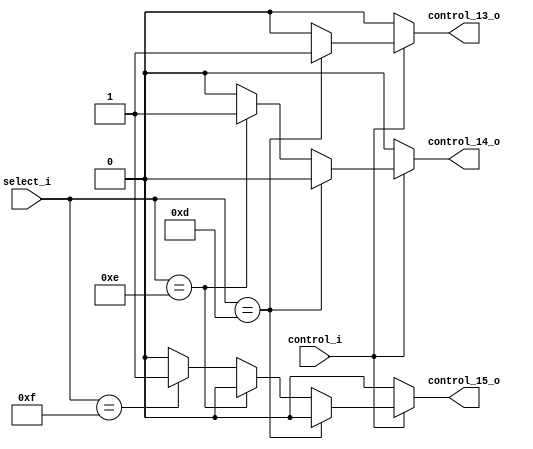
module subkey_word_select_demux (
	input [3:0] select_i,
	input control_i,
	output control_13_o,
	output control_14_o,
	output control_15_o
    );
	 
reg control_13;
reg control_14;
reg control_15;

assign control_13_o = control_13;
assign control_14_o = control_14;
assign control_15_o = control_15;

always @(*) begin
	control_13 = 1'b0;
	control_14 = 1'b0;
	control_15 = 1'b0;

	if (control_i) begin
		if (select_i == 4'd13) begin
			control_13 = 1'b1;
			control_14 = 1'b0;
			control_15 = 1'b0;
		end else if (select_i == 4'd14) begin
			control_13 = 1'b0;
			control_14 = 1'b1;
			control_15 = 1'b0;
		end else if (select_i == 4'd15) begin
			control_13 = 1'b0;
			control_14 = 1'b0;
			control_15 = 1'b1;
		end
	end
end

endmodule